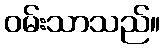
ဝမ်းသာသည်။